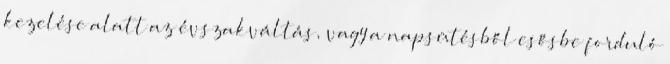
kezelése alatt az évszakváltás, vagy a napsütésből esősbe forduló